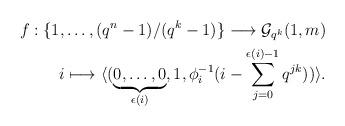
LaTeX: \begin{align*} f : \{1,\dots, (q^n-1)/(q^k-1)\} \longrightarrow \mathcal G_{q^k} (1,m) \\ i \longmapsto \langle (\underbrace{0, \dots ,0 }_{\epsilon(i)} ,1, \phi_i^{-1}(i- \sum_{j=0}^{\epsilon(i) -1} q^{jk}) )\rangle .\end{align*}